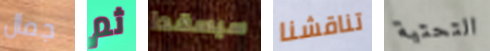
جمال ثم سيسقط تناقشنا التحتية